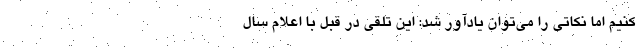
کنیم اما نکاتی را می‌توان یادآور شد: این تلقی در قبل با اعلام سال